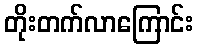
တိုးတက်လာကြောင်း